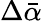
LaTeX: \Delta\bar{\alpha}